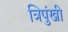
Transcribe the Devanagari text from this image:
त्रिपुंखी